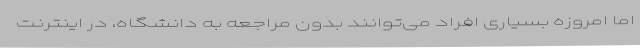
اما امروزه بسیاری افراد می‌توانند بدون مراجعه به دانشگاه، در اینترنت